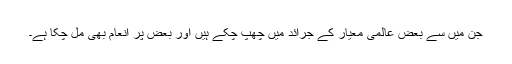
جن میں سے بعض عالمی معیار کے جرائد میں چھپ چکے ہیں اور بعض پر انعام بھی مل چکا ہے۔